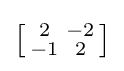
\left[{\begin{smallmatrix}2&-2\\-1&2\end{smallmatrix}}\right]